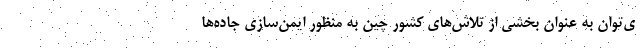
ی‌توان به عنوان بخشی از تلاش‌های کشور چین به منظور ایمن‌سازی جاده‌ها